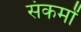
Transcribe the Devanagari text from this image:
संकर्मों